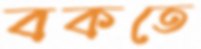
বকতে